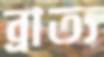
ব্রাত্য